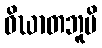
ဝိဃာတဘူမိ